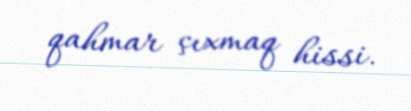
qahmar çıxmaq hissi.